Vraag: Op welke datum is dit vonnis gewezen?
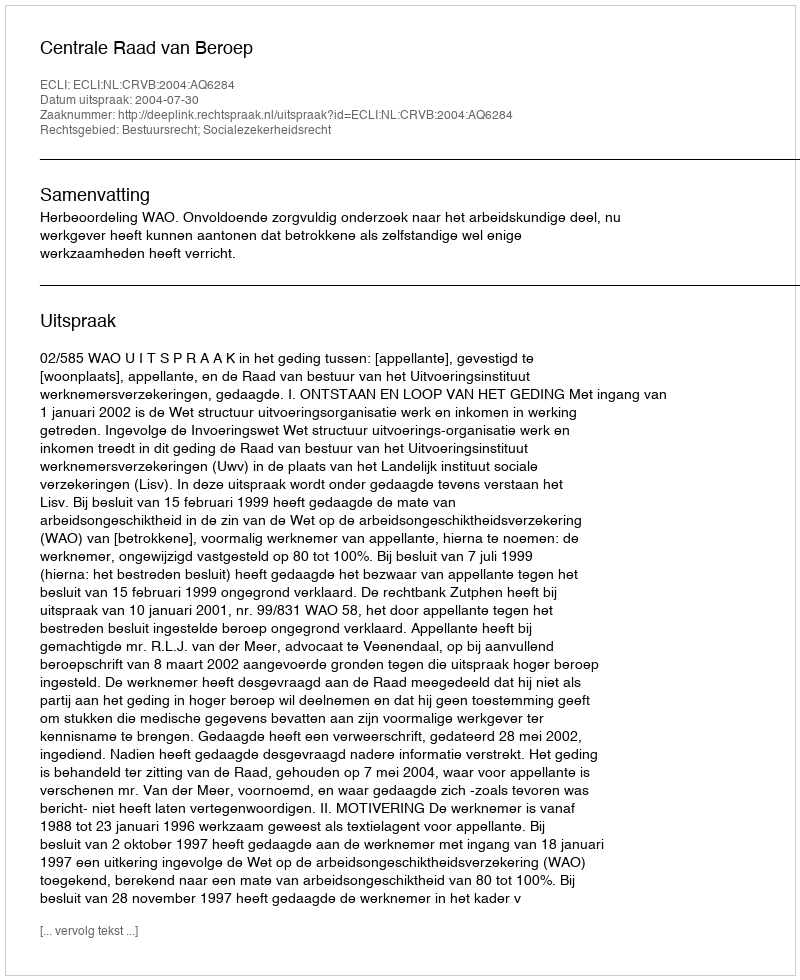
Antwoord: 2004-07-30